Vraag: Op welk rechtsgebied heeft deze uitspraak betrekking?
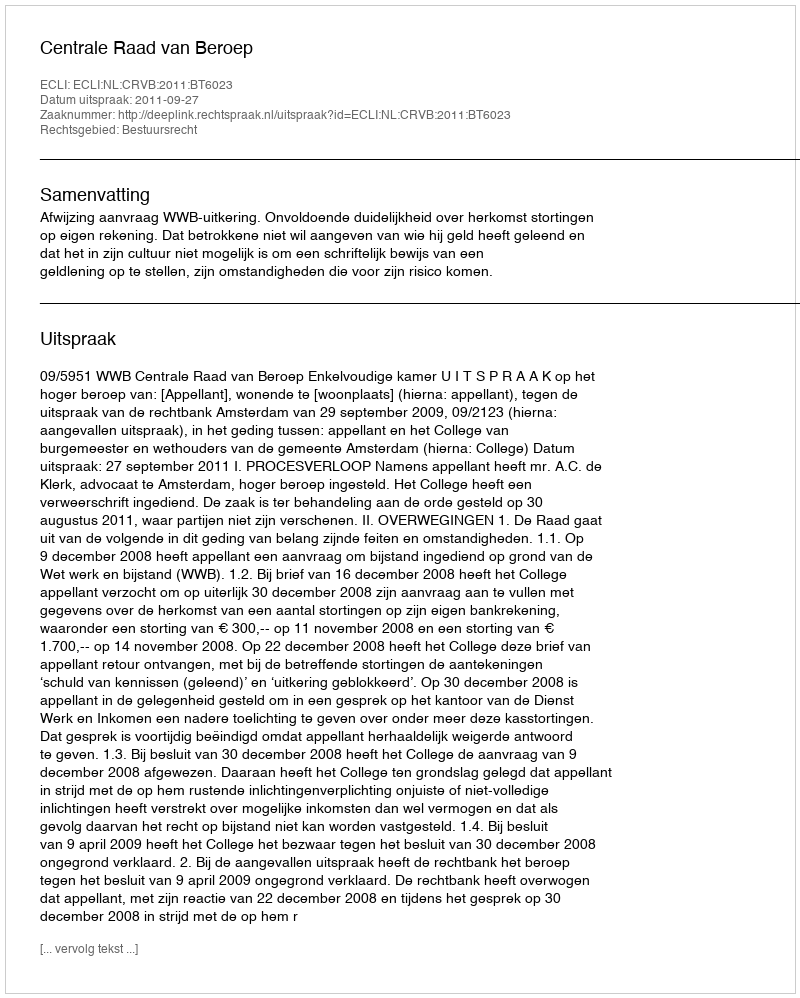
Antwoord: Bestuursrecht